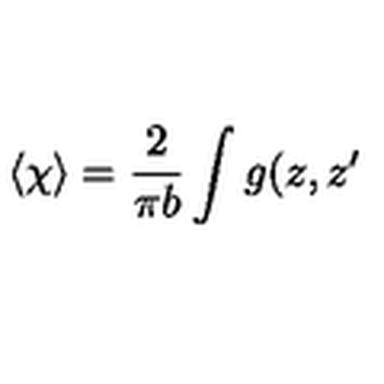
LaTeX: \left\langle \chi \right\rangle = \frac 2 { \pi b } \int g ( z , z ^ { \prime }